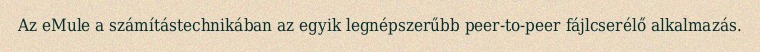
Az eMule a számítástechnikában az egyik legnépszerűbb peer-to-peer fájlcserélő alkalmazás.